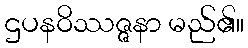
ဌပနဝိဿဇ္ဇနာ မည်၏။